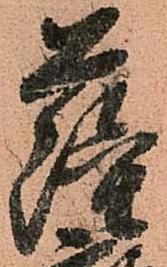
薩